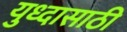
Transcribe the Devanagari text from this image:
युध्दासाठी